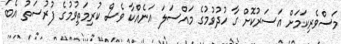
މަސްވެރިކަމަށް އަސަރުކޮށް ގާ ހުދުވުމުގެ މައްސަލަ އަނެއްކާ ވެސް ކުރިމަތިވުމުގެ ފުރުސަތު އެބަ